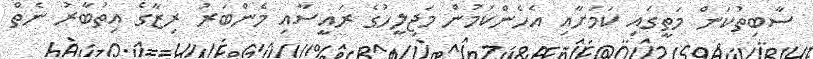
ސާބިތުކަން މަތީގައި ކަމަށާއި އެހެންކަމުން މަޖިލީހުގެ ރައީސާއި މެންބަރު ރިޒާގެ އިތުބާރު ނެތް